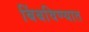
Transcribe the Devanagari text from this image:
बिंबविण्यात